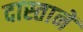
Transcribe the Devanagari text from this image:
दास्तानें